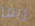
ربما